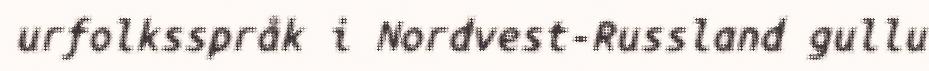
urfolksspråk i Nordvest-Russland gullu